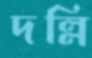
দল্লি